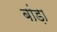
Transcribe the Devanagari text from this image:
बांड़ा